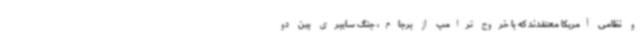
و نظامی آمریکا معتقدند که با خروج ترامپ از برجام، جنگ سایبری بین دو